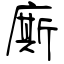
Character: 廝